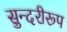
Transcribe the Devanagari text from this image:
सुन्दरीरूप